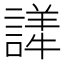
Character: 𬣂